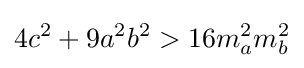
4c^{2}+9a^{2}b^{2}>16m_{a}^{2}m_{b}^{2}